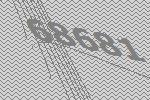
68681